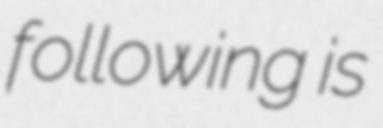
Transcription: following is